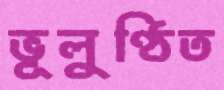
ভূলুণ্ঠিত